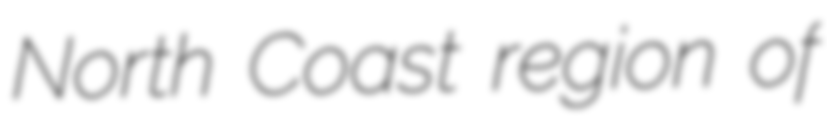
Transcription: North Coast region of